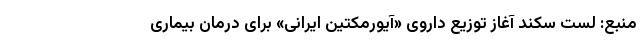
منبع: لست سکند آغاز توزیع داروی «آیوِرمِکتین ایرانی» برای درمان بیماری